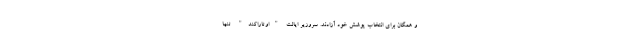
و همگان برای انتخاب پوشش خود آزادند. سروزیر ایالت "اوتاراکند" تنها